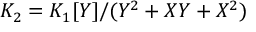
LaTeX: K _ { 2 } = K _ { 1 } [ Y ] / ( Y ^ { 2 } + X Y + X ^ { 2 } )